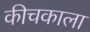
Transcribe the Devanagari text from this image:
कीचकाला